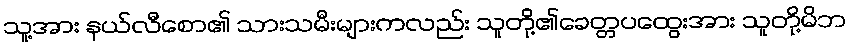
သူ့အား နယ်လီစော၏ သားသမီးများကလည်း သူတို့၏ခေတ္တပထွေးအား သူတို့မိဘ